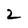
Character: 2